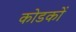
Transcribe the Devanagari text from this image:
कोडकों